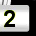
Digit: 2